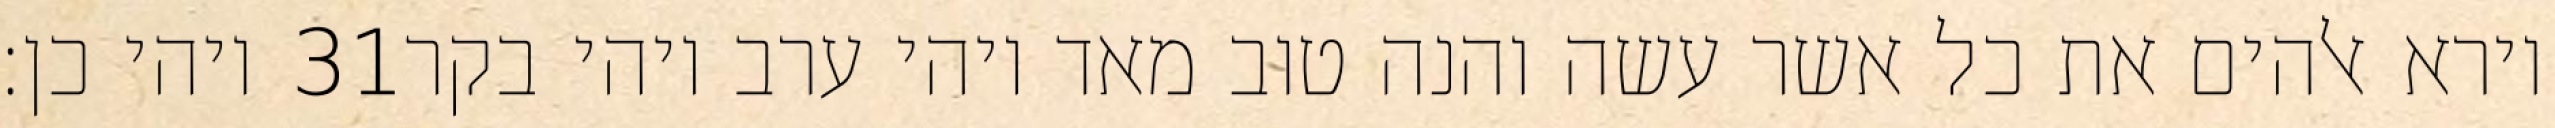
ויהי כן׃ ‎31‏ וירא אלהים את כל אשר עשה והנה טוב מאד ויהי ערב ויהי בקר